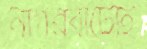
নাগরবাটোই